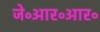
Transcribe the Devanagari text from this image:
जे॰आर॰आर॰